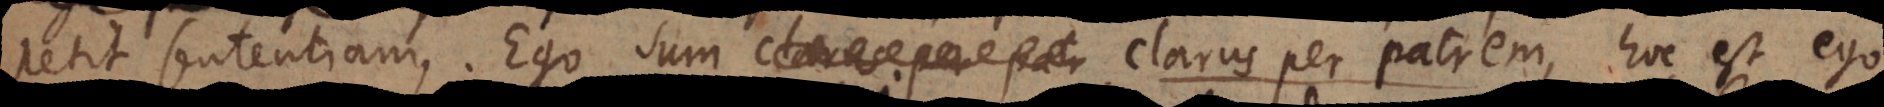
petit sententiam. Ego sum clarus per patrem, hoc est ego